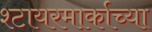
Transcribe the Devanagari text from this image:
श्टायरमार्काच्या